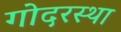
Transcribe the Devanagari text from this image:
गोदरस्था